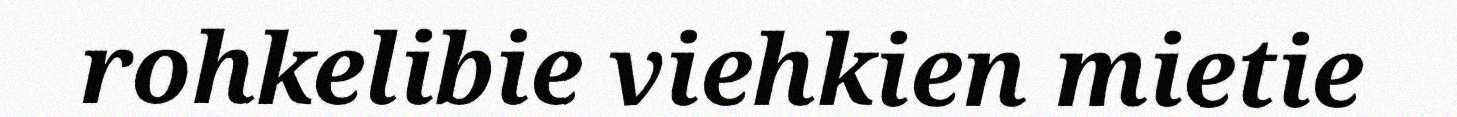
rohkelibie viehkien mietie